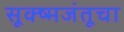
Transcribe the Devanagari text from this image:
सूक्ष्मजंतूचा